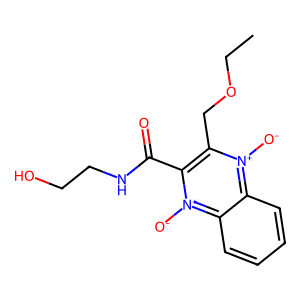
SMILES: CCOCc1c(C(=O)NCCO)[n+]([O-])c2ccccc2[n+]1[O-]
Inhibits HIV replication: No